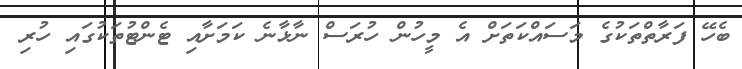
ބެހޭ ފަރާތްތަކުގެ މަސައްކަތަށް އެ މީހުން ހުރަސް ނާޅާނެ ކަމަށާއި ޓެންޓުތަކުގައި ހުރި